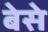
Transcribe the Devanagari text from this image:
बेसे